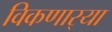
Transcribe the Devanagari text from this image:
विकणार्‍या